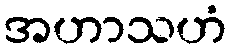
အဟာသဟံ